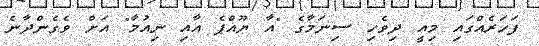
ފަހަރެއްގައި މިއީ ދިވެހި ސިނަމާގެ "އާ ޔޫއްޕެ އާއި ނިއުމާ" އަށް ވެގެންދާނެ